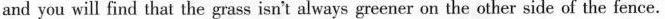
and you will find that the grass isn't always greener on the other side of the fence.